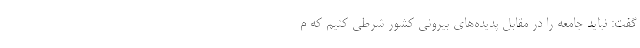
گفت: نباید جامعه را در مقابل پدیده‌های بیرونی کشور شرطی کنیم که م